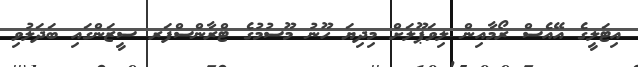
އިޓަލީގެ އޭއެސް ރޯމާއިން ލިވަޕޫލަށް މިދިޔަ ހޫނު މޫސުމުގެ ޓްރާންސްފަރ ސީޒަންގައި ބަދަލުވި